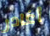
أغادر